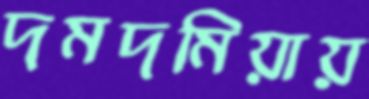
দমদমিয়ায়